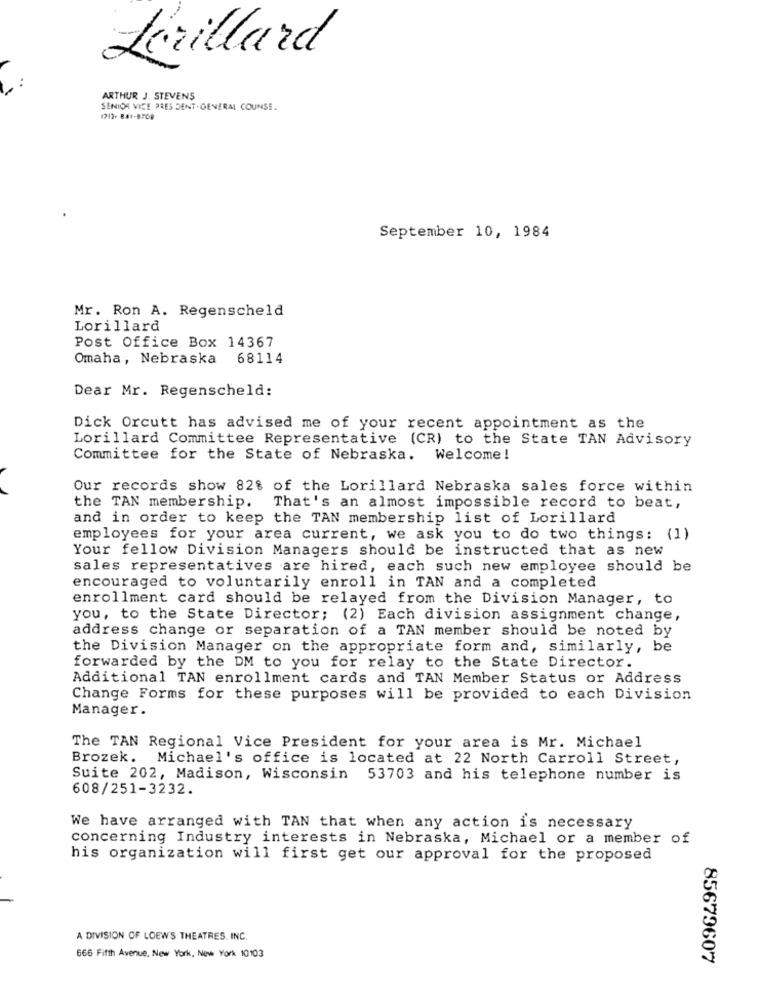
Lorillard
ARTHUR J. STEVENS
SENIOR VICE PRES DENT.GENERAL COUNSE.
1212- 841-BTC8
September 10, 1984
Mr. Ron A. Regenscheld
Lorillard
Post Office Box 14367
Omaha, Nebraska 68114
Dear Mr. Regenscheld:
Dick Orcutt has advised me of your recent appointment as the
Lorillard Committee Representative (CR) to the State TAN Advisory
Committee for the State of Nebraska. Welcome!
Our records show 82% of the Lorillard Nebraska sales force within
the TAN membership. That's an almost impossible record to beat,
and in order to keep the TAN membership list of Lorillard
employees for your area current, we ask you to do two things: (1)
Your fellow Division Managers should be instructed that as new
sales representatives are hired, each such new employee should be
encouraged to voluntarily enroll in TAN and a completed
enrollment card should be relayed from the Division Manager, to
you, to the State Director; (2) Each division assignment change,
address change or separation of a TAN member should be noted by
the Division Manager on the appropriate form and, similarly, be
forwarded by the DM to you for relay to the State Director.
Additional TAN enrollment cards and TAN Member Status or Address
Change Forms for these purposes will be provided to each Division
Manager.
The TAN Regional Vice President for your area is Mr. Michael
Brozek. Michael's office is located at 22 North Carroll Street,
Suite 202, Madison, Wisconsin 53703 and his telephone number is
608/251-3232.
We have arranged with TAN that when any action is necessary
concerning Industry interests in Nebraska, Michael or a member of
his organization will first get our approval for the proposed
A DIVISION OF LOEWS THEATRES. INC.
666 Fifth Avenue, New York, New York 10103
85679607